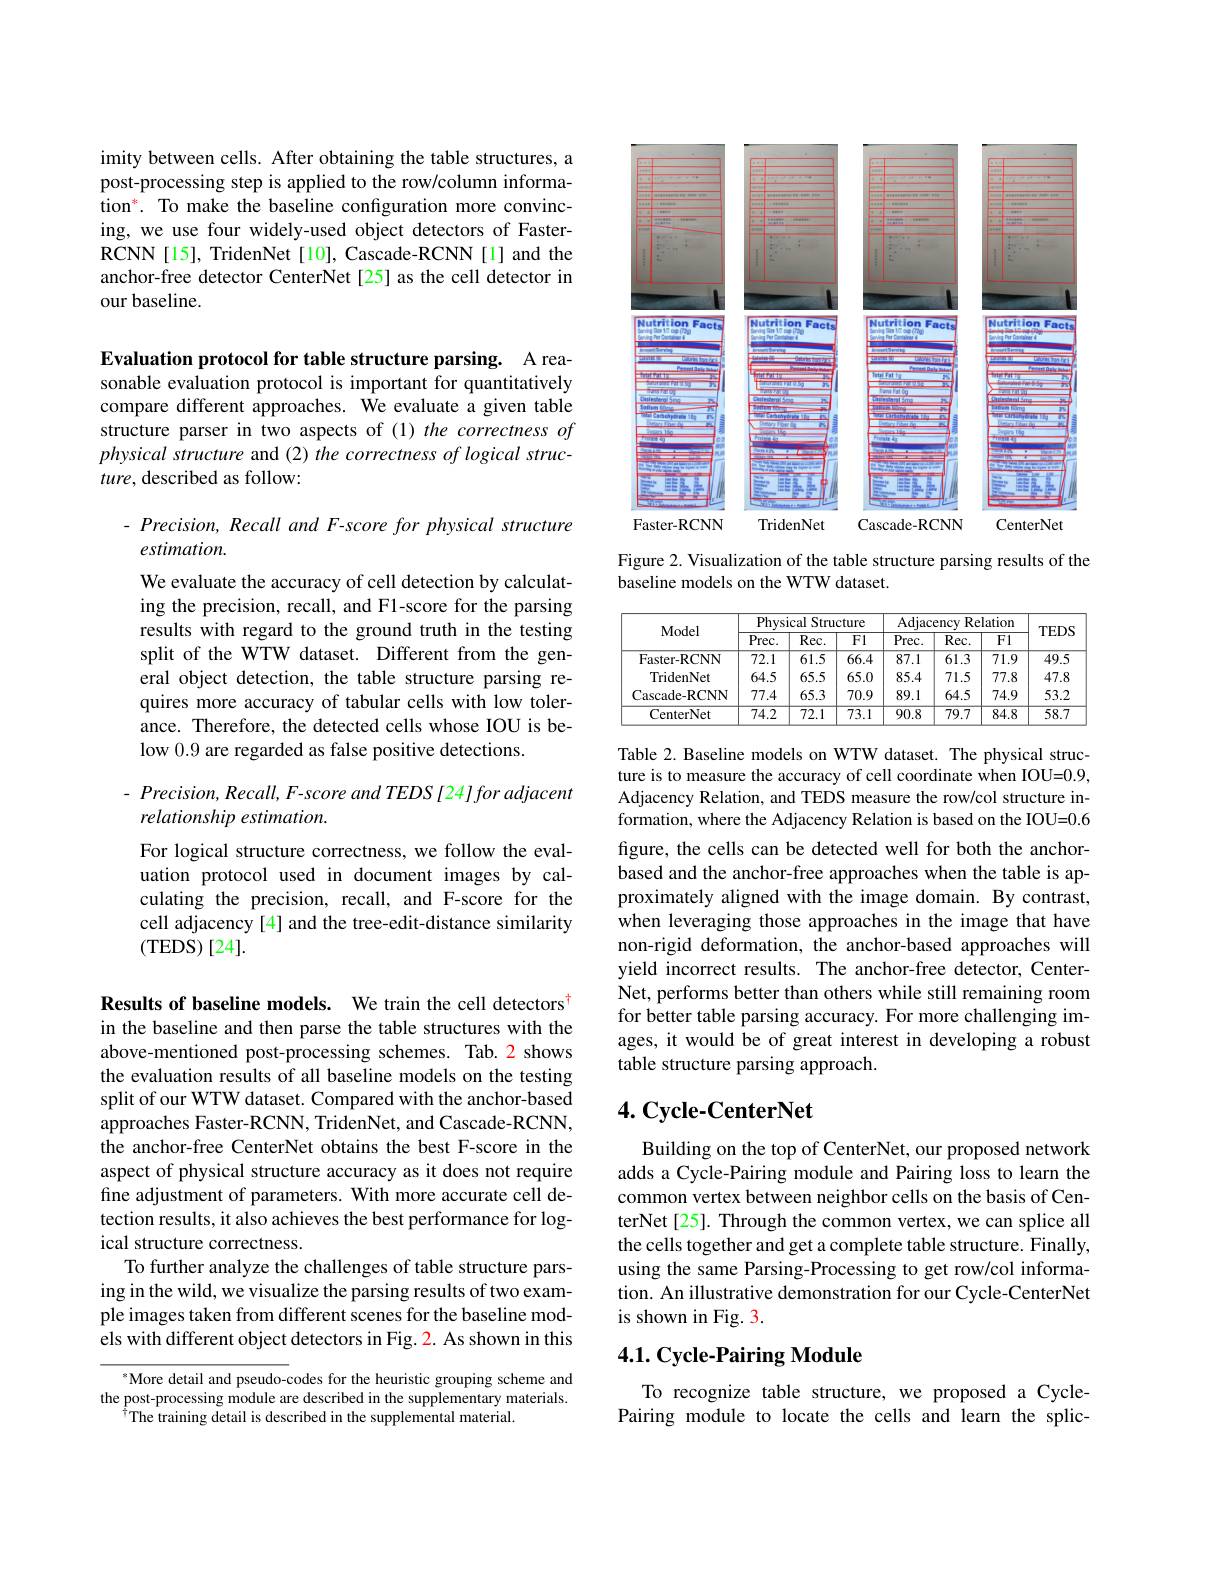
imity between cells. After obtaining the table structures, a post-processing step is applied to the row/column information$^*.$ To make the baseline configuration more convincing, we use four widely-used object detectors of FasterRCNN[15], TridenNet[10], Cascade-RCNN[1] and the anchor-free detector CenterNet[25] as the cell detector in our baseline.

Evaluation protocol for table structure parsing. A reasonable evaluation protocol is important for quantitatively compare different approaches. We evaluate a given table structure parser in two aspects of (1) the correctness of physical structure and (2) the correctness of logical structure, described as follow:

Precision, Recall and F-score for physical structure
estimation.

We evaluate the accuracy of cell detection by calculating the precision, recall, and F1-score for the parsing results with regard to the ground truth in the testing split of the WTW dataset. Different from the general object detection, the table structure parsing requires more accuracy of tabular cells with low tolerance. Therefore, the detected cells whose IOU is below 0.9 are regarded as false positive detections.

Precision, Recall, F-score and TEDS [24]for adjacent
relationship estimation.

For logical structure correctness, we follow the evaluation protocol used in document images by calculating the precision, recall, and F-score for the cell adjacency[4] and the tree-edit-distance similarity (TEDS)[24].

Results of baseline models. We train the cell detectors$^{\dagger}$ in the baseline and then parse the table structures with the above-mentioned post-processing schemes. Tab. 2 shows the evaluation results of all baseline models on the testing split of our WTW dataset. Compared with the anchor-based $\hat{\text{approaches Faster-RCNN, TridenNet, and Cascade-RCNN,}}$ the anchor-free CenterNet obtains the best F-score in the aspect of physical structure accuracy as it does not require fine adjustment of parameters. With more accurate cell detection results, it also achieves the best performance for logical structure correctness.
To further analyze the challenges of table structure parsing in the wild, we visualize the parsing results of two example images taken from different scenes for the baseline models with different object detectors in Fig. 2. As shown in this

More detail and pseudo-codes for the heuristic grouping scheme and the post-processing module are described in the supplementary materials.
$\hat{^{\dagger}}$The training detail is described in the supplemental material.

<FigureHere>

Figure 2. Visualization of the table structure parsing results of the
baseline models on the WTW dataset.

<table>
	<tbody>
		<tr>
			<th rowspan="2">Model</th>
			<th colspan="3">Physical Structure</th>
			<th colspan="3">Adjacency $\mathbf{v}$ Relation</th>
			<th rowspan="2">$TEDS$</th>
		</tr>
		<tr>
			<th>$Prec.$</th>
			<th>Rec. </th>
			<th>F1</th>
			<th>$Prec.$</th>
			<th>Rec. </th>
			<th>F1</th>
		</tr>
		<tr>
			<td>Faster-RCNN</td>
			<td>$\overline{72.1}$</td>
			<td>$\overline{61.5}$</td>
			<td>66.4</td>
			<td>87.1</td>
			<td>61.3</td>
			<td>$\overline{71.9}$</td>
			<td>49.5</td>
		</tr>
		<tr>
			<td>TridenNet</td>
			<td>64.5</td>
			<td>65.5</td>
			<td>65.0</td>
			<td>85.4</td>
			<td>71.5</td>
			<td>77.8</td>
			<td>47.8</td>
		</tr>
		<tr>
			<td>Cascade- RCNN</td>
			<td>77.4</td>
			<td>65.3</td>
			<td>70.9</td>
			<td>89.1</td>
			<td>64.5</td>
			<td>74.9</td>
			<td>53.2</td>
		</tr>
		<tr>
			<td>CenterNet</td>
			<td>74.2</td>
			<td>72.1</td>
			<td>$\overline{73.1}$</td>
			<td>90.8</td>
			<td>79.7</td>
			<td>84.8</td>
			<td>58.7</td>
		</tr>
	</tbody>
</table>

Table 2. Baseline models on WTW dataset. The physical structure is to measure the accuracy of cell coordinate when IOU=0.9, Adjacency Relation, and TEDS measure the row/col structure information, where the Adjacency Relation is based on the IOU=0.6 figure, the cells can be detected well for both the anchorbased and the anchor-free approaches when the table is approximately aligned with the image domain. By contrast, when leveraging those approaches in the image that have non-rigid deformation, the anchor-based approaches will yield incorrect results. The anchor-free detector, CenterNet, performs better than others while still remaining room for better table parsing accuracy. For more challenging images, it would be of great interest in developing a robust table structure parsing approach.

## $4. \textbf{Cycle- CenterNet}$

Building on the top of CenterNet, our proposed network adds a Cycle-Pairing module and Pairing loss to learn the common vertex between neighbor cells on the basis of CenterNet[25]. Through the common vertex, we can splice all the cells together and get a complete table structure. Finally, using the same Parsing-Processing to get row/col information. An illustrative demonstration for our Cycle-CenterNet is shown in Fig. 3.

## $4. 1. \textbf{Cycle- Pairing Module}$

To recognize table structure, we proposed a CyclePairing module to locate the cells and learn the splic-